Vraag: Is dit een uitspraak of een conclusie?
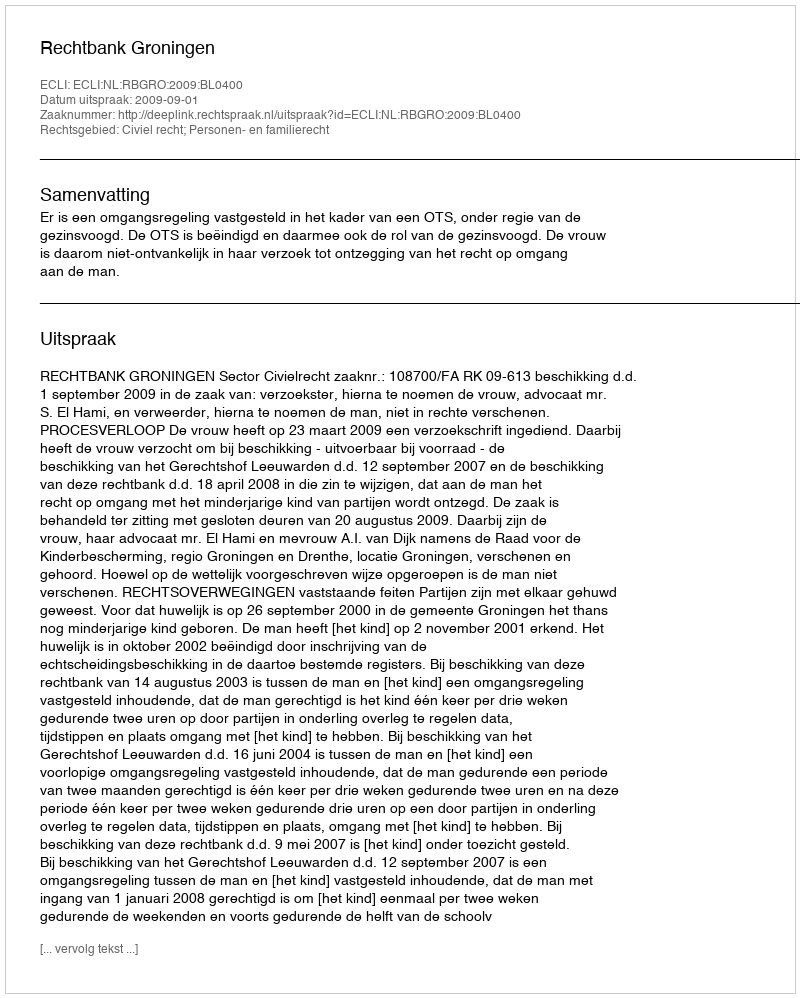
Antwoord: Uitspraak